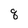
Character: q